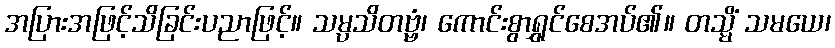
အပြားအဖြင့်သိခြင်းပညာဖြင့်။ သမ္ပသိတဗ္ဗံ၊ ကောင်းစွာရွှင်စေအပ်၏။ တသ္မိံ သမယေ၊